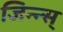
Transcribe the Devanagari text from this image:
जिन्न्स्